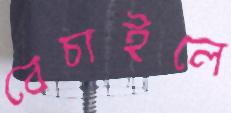
বেচাইলে